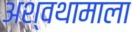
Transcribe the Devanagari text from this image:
अश्वथामाला